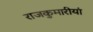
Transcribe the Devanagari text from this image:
राजकुमारीयां